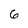
Character: 6